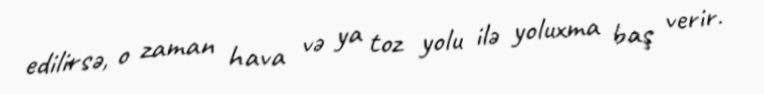
edilirsə, o zaman hava və ya toz yolu ilə yoluxma baş verir.